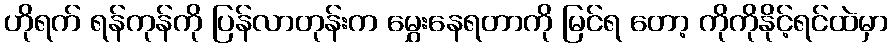
ဟိုရက် ရန်ကုန်ကို ပြန်လာတုန်းက မွှေးနေရတာကို မြင်ရ တော့ ကိုကိုနိုင့်ရင်ထဲမှာ